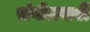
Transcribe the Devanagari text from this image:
संगीतबारी